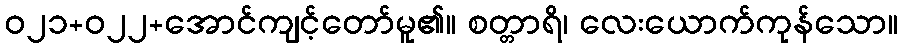
ဝ၂၁+၀၂၂+အောင်ကျင့်တော်မူ၏။ စတ္တာရိ၊ လေးယောက်ကုန်သော။